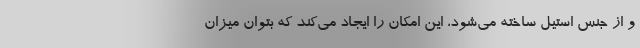
و از جنس استیل ساخته می‌شود، این امکان را ایجاد می‌کند که بتوان میزان